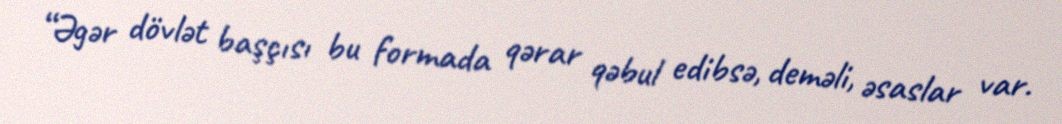
“Əgər dövlət başçısı bu formada qərar qəbul edibsə, deməli, əsaslar var.